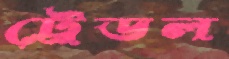
ট্রেডল